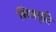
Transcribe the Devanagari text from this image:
निजधृति